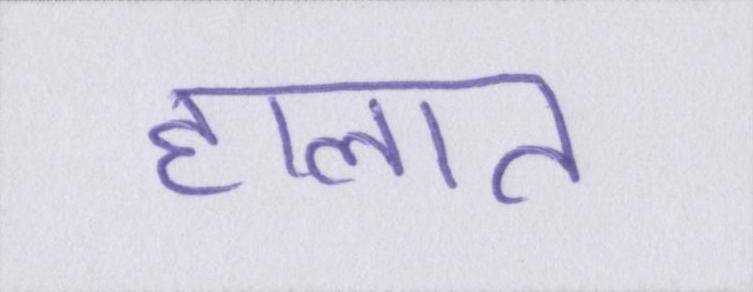
हालात